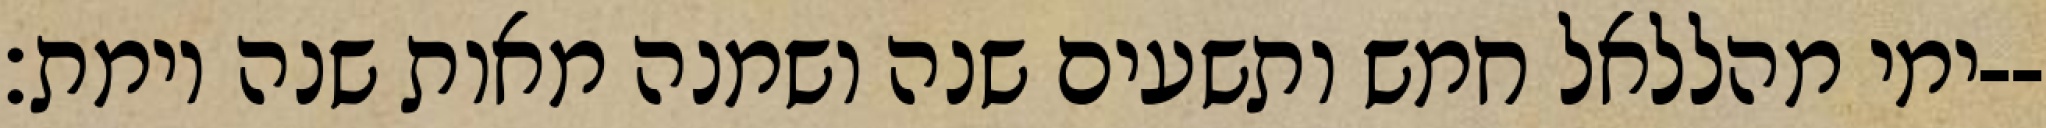
ימי מהללאל חמש ותשעים שנה ושמנה מאות שנה וימת׃--